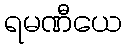
ရမဏီယေ